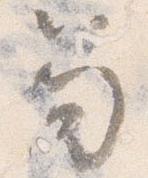
笏